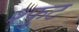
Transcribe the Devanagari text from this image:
श्फुट